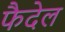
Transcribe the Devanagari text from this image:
फैदेल